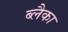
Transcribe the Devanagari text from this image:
ब्लैका